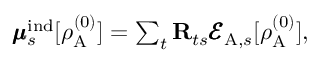
\begin{array} { r } { \pmb { \mu } _ { s } ^ { \mathrm { i n d } } [ \rho _ { \mathrm { A } } ^ { ( 0 ) } ] = \sum _ { t } \mathbf { R } _ { t s } \pmb { \mathcal { E } } _ { \mathrm { A } , s } [ \rho _ { \mathrm { A } } ^ { ( 0 ) } ] , } \end{array}